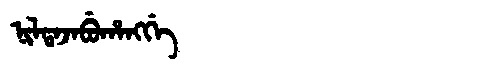
Manchu: ᠨᡳᠯᡨᠠᠵᠠᠪᡠᡥᠠᠩᡤᡝ
Romanization: NILTAJABUHANGGE